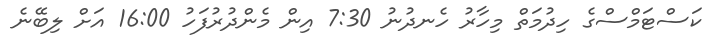
ކަސްޓަމްސްގެ ހިދުމަތް މިހާރު ހެނދުނު 7:30 އިން މެންދުރުފަހު 16:00 އަށް ލިބޭނެ